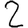
Digit: 2